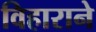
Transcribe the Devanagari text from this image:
विहाराने